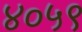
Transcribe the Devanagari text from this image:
४०५९